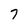
Character: 7